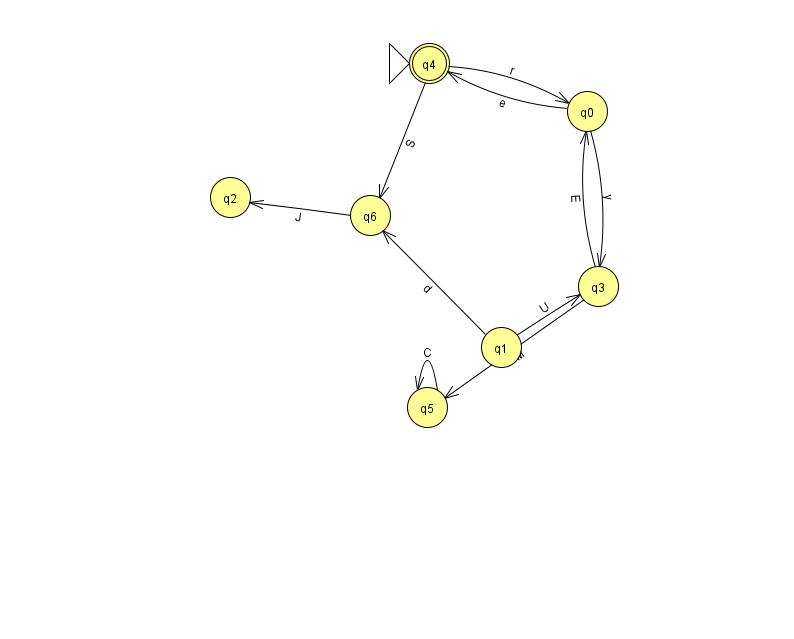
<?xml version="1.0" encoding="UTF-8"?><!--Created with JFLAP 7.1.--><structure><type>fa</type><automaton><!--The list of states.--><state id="0" name="q0"><x>587.0</x><y>98.0</y></state><state id="1" name="q1"><x>501.0</x><y>334.0</y></state><state id="2" name="q2"><x>230.0</x><y>184.0</y></state><state id="3" name="q3"><x>598.0</x><y>273.0</y></state><state id="4" name="q4"><x>429.0</x><y>50.0</y><initial/><final/></state><state id="5" name="q5"><x>427.0</x><y>394.0</y></state><state id="6" name="q6"><x>370.0</x><y>202.0</y></state><!--The list of transitions.--><transition><from>4</from><to>0</to><read>r</read></transition><transition><from>5</from><to>5</to><read>C</read></transition><transition><from>0</from><to>3</to><read>y</read></transition><transition><from>0</from><to>4</to><read>e</read></transition><transition><from>3</from><to>0</to><read>E</read></transition><transition><from>3</from><to>5</to><read>M</read></transition><transition><from>6</from><to>2</to><read>J</read></transition><transition><from>4</from><to>6</to><read>S</read></transition><transition><from>1</from><to>6</to><read>d</read></transition><transition><from>1</from><to>3</to><read>U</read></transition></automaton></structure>